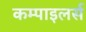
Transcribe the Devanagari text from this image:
कम्पाइलर्स